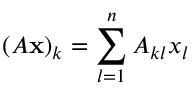
( A { \mathbf { x } } ) _ { k } = \sum _ { l = 1 } ^ { n } A _ { k l } x _ { l }